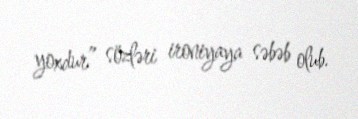
yoxdur” sözləri ironiyaya səbəb olub.